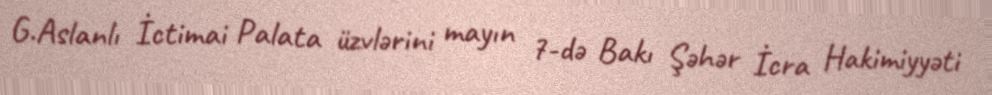
G.Aslanlı İctimai Palata üzvlərini mayın 7-də Bakı Şəhər İcra Hakimiyyəti